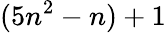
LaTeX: (5n^{2}-n)+1